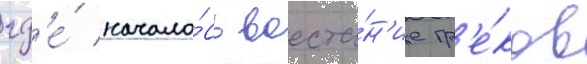
гд'е́ начало́сь восста́н'ие гр'е́ков